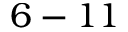
6 - 1 1